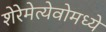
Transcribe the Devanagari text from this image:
शेरेमेत्येवोमध्ये